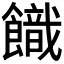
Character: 𩞡